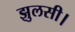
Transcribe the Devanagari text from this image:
झुलसी।